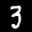
Label: 3